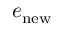
e _ { \mathrm { n e w } }